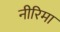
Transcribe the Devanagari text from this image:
नीरिमा